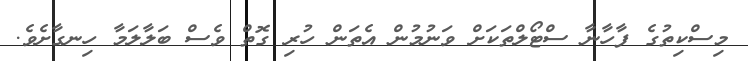
މިސްކިތުގެ ފާހާނާ ސްޓޯލްތަކަށް ވަނުމުން އެތަން ހުރި ގޮތް ވެސް ބަލާލަމާ ހިނގާށެވެ.